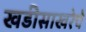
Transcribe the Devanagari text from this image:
खडीसाखरेचे